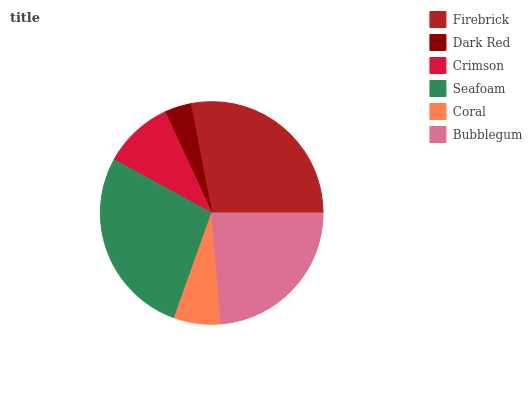
| Firebrick | Dark Red | Crimson | Seafoam | Coral | Bubblegum |
 | --- | --- | --- | --- | --- | --- |
 | 28% | 3.83% | 10.2% | 27.5% | 6.75% | 23.7% |